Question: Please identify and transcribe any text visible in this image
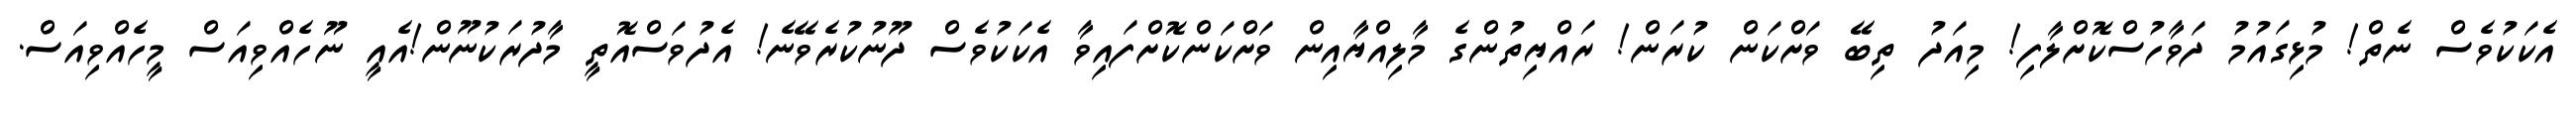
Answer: އެކަކުވެސް ނެތް! މުޅިގައުމު ދަވާހުސްކޮށްލާފި! މިއަދު ތިބޭ ވަށްކަން ކުރަން! ރައްޔިތުންގެ މާލިއްޔާއިން ވަށްކަންކޮށްފައިވާ އެކަކުވެސް ދޫނުކުރެވޭނެ! އެދުވަސްއޮތީ މާދުރަކުނޫން!އެއީ ނޫހެއްވިއަސް މީހެއްވިއަސް.